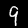
Label: 9